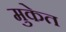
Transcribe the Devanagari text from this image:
मुकेत